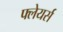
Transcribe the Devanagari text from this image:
फ्लेयर्स